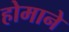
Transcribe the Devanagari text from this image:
होमाने